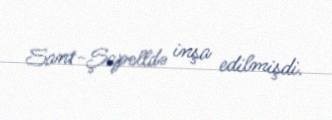
Sant-Şapelldə inşa edilmişdi.